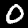
Label: 0